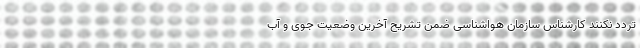
تردد نکنند کارشناس سازمان هواشناسی ضمن تشریح آخرین وضعیت جوی و آب